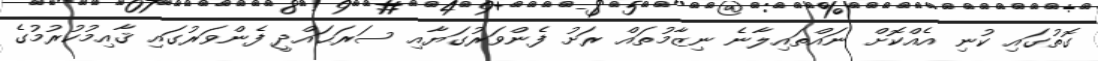
ގޮތުގައި ކުނި އެއްކޮށް ނައްތައިލާނެ ނިޒާމުތައް ރަށު ފެންވަރުގަޔާއި ސަރަޙައްދީ ފެންވަރުގައި ޤާއިމުކުރުމުގެ